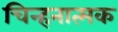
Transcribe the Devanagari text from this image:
चिन्हनात्मक